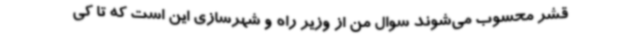
قشر محسوب می‌شوند سوال من از وزیر راه و شهرسازی این است که تا کی